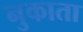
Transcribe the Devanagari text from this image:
नुकाता